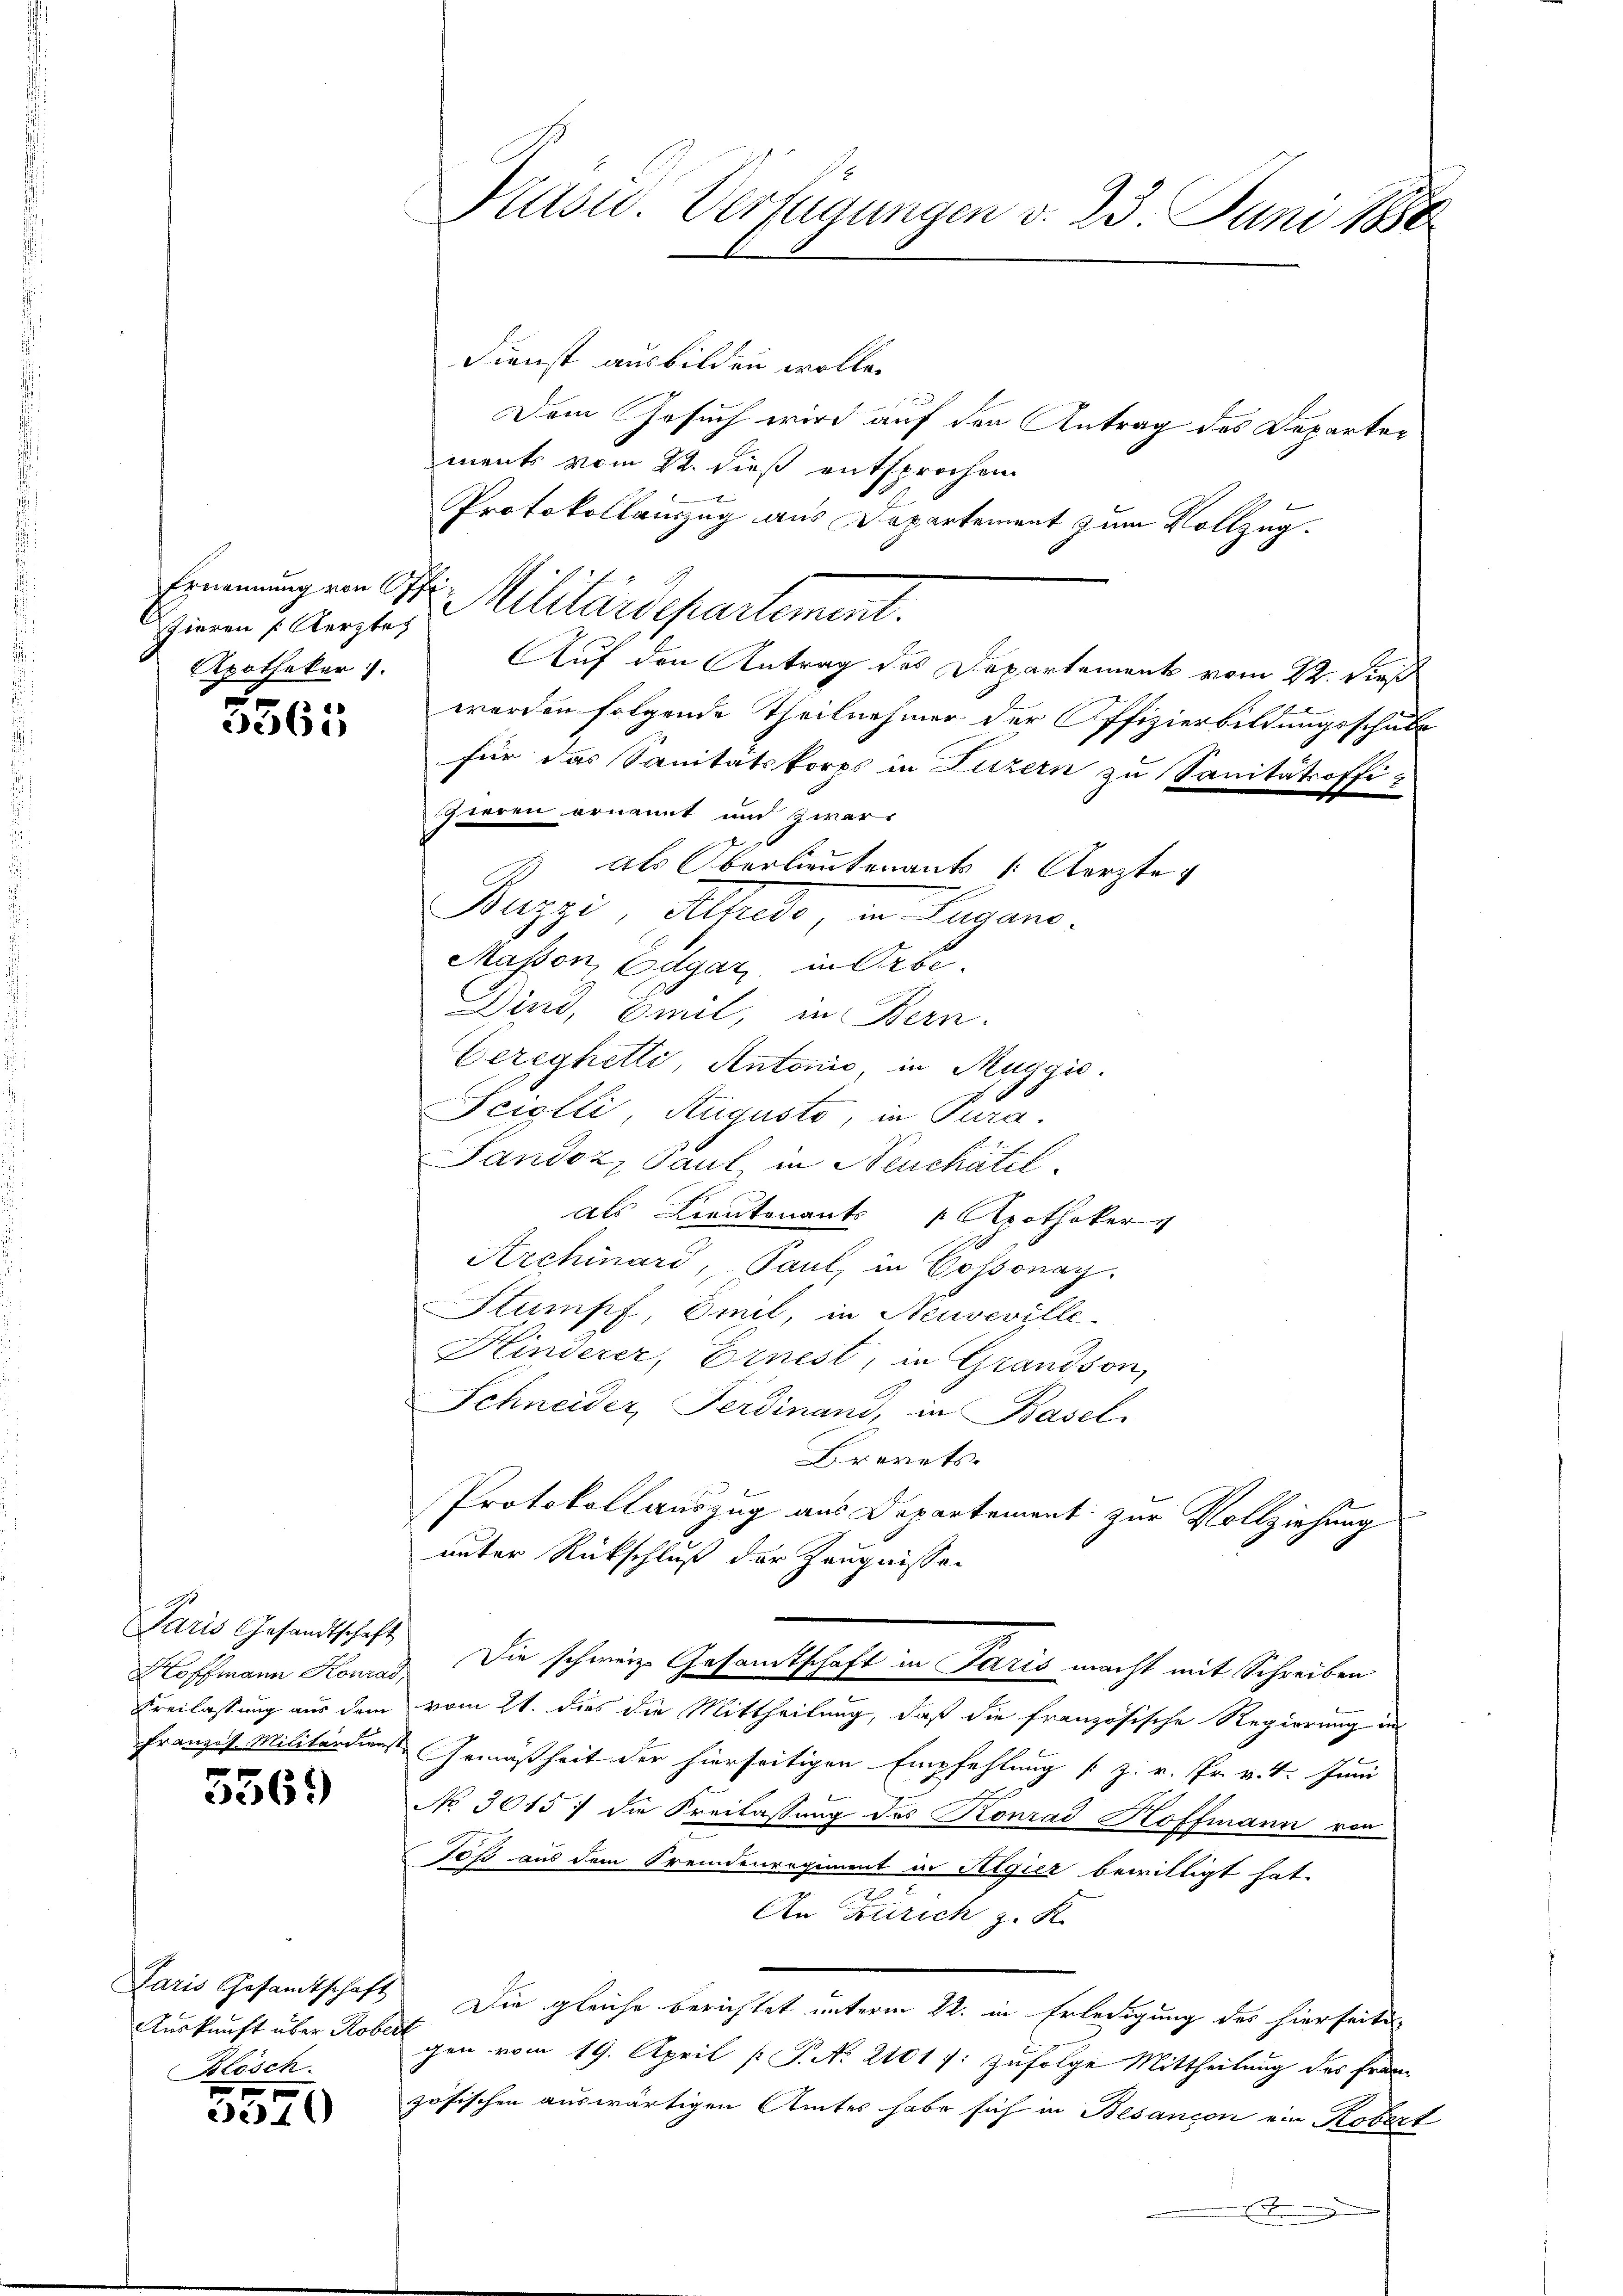
hieren Kerzte
Apotheker

5565

Paris Gesandtschaft

5569)

Paris Gesandtschaft
Auskunft über Rober
Blösch
i

2240

Dienst ausbilden wolle.
Dem Gesuch wird auf den Antrag des Departer
ments vom 22. dieß entsprochen
Protokollauszug aus Departement zum Vollzug.
werden folgende Theilnehmer der Offizierbildungsschule
für das Sanitätskorps in Luzern zu Sanitätsoffi-
als Oberlieutenants v. Aerzte
Buzzi, Alters, in Lugano.
.
Masson, Edgar, in Orbe.
Wind, Emil, in Bern.
Dereghetti, Antonio, in Muggić.
Scilli, Augusto, in Pura.
Pandoz, Paul in Neuchâtel
als Lieutenants Apotheker
Archinard, Paul, in Gossonay
Stumpf, Emil, in Neuveville
Hinderer, Ernest, in Grandson
Schneider, Ferdinand, in Basel
Brevets

Protokollauszug aus Departement zur Vollziehung
unter Rückschluß der Zeugnissen

Präsid. Verfügungen d. 23. Juni 1850

Einungen Ott. Militärdepartement.

pieren ernannt und zwars

Auf den Antrag des Departement vom 22. dieß

.
Hoffmann Konrad Die schweiz. Gesamtschaft in Paris macht mit Schreiben

Kreilassung aus dem vom 21. dies die Mittheilung, daß die französische Regierung in
Französ. Militärdaus Gemäßheit der hierseitigen Empfehlung [z. v. Pr. v. 4. Juni
No 3015) die Freilassung des Konrad Hoffmann von
Joß aus dem Fremdenregiment in Algier bewilligt hat.
.
An Zürich z. K.
Die gleiche berichtet unterm 22. in Erledigung des hierseits
f
gen vom 19. April [ P. N. 21017: zufolge Mittheilung des Franz
zösischen auswärtigen Amtes habe sich in Besançon ein Kobert
.